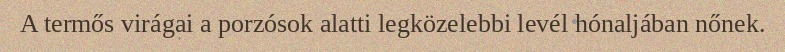
A termős virágai a porzósok alatti legközelebbi levél hónaljában nőnek.